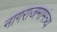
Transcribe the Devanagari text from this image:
नागराजमामंत्र्य